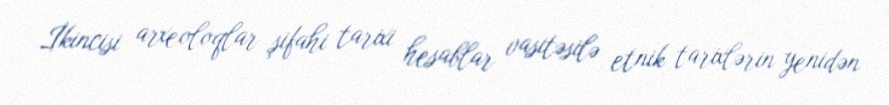
İkincisi arxeoloqlar şifahi tarixi hesablar vasitəsilə etnik tarixlərin yenidən